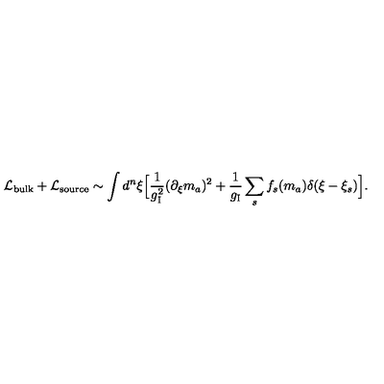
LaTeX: { \cal L } _ { \mathrm { b u l k } } + { \cal L } _ { \mathrm { s o u r c e } } \sim \int d ^ { n } \xi \Bigl [ { \frac { 1 } { g _ { \mathrm { I } } ^ { 2 } } } ( \partial _ { \xi } m _ { a } ) ^ { 2 } + { \frac { 1 } { g _ { \mathrm { I } } } } \sum _ { s } f _ { s } ( m _ { a } ) \delta ( \xi - \xi _ { s } ) \Bigr ] .